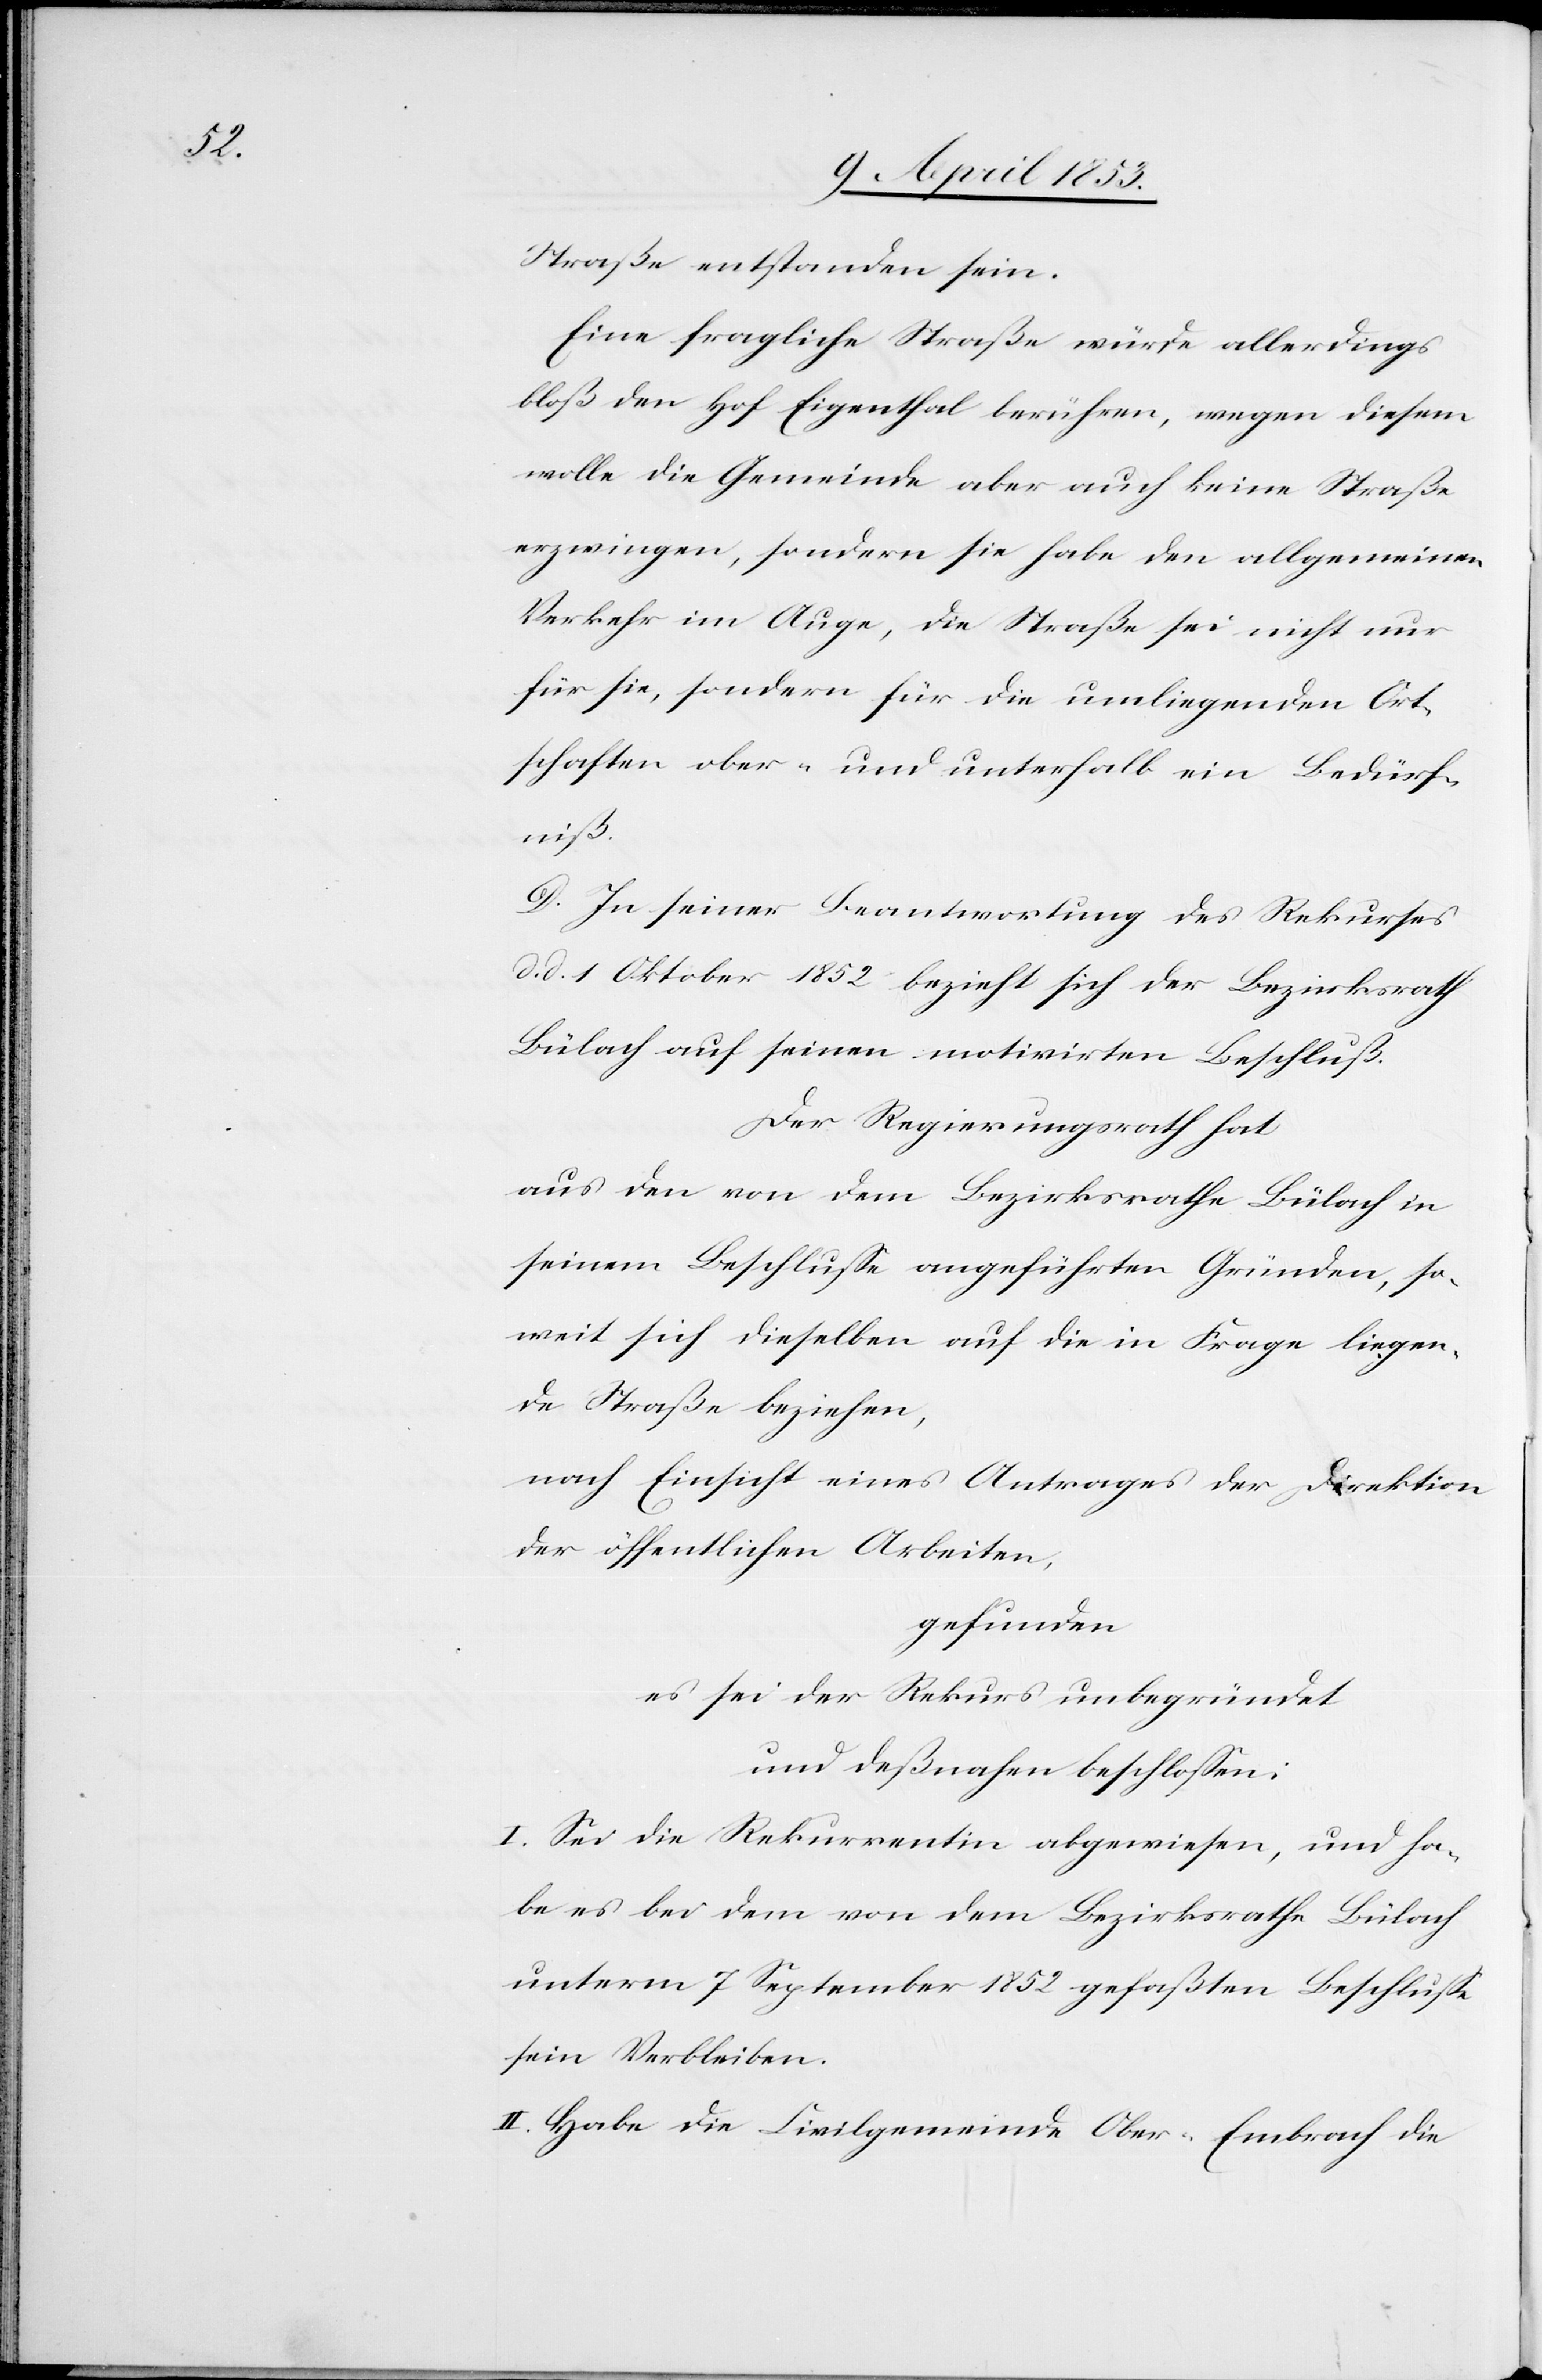
Straße entstanden sein.
Eine fragliche Straße würde allerdings
bloß den Hof Eigenthal berühren, wegen diesem
wolle die Gemeinde aber auch keine Straße
erzwingen, sondern sie habe den allgemeinen
Verkehr im Auge, die Straße sei nicht nur
für sie, sondern für die umliegenden Ort¬
schaften ober- und unterhalb ein Bedürf¬
niß.
D. In seiner Beantwortung des Rekurses
d. d. 1 Oktober 1852 bezieht sich der Bezirksrath
Bülach auf seinen motivirten Beschluß.
Der Regierungsrath hat
aus den von dem Bezirksrathe Bülach in
seinem Beschluße angeführten Gründen, so¬
weit sich dieselben auf die in Frage liegen¬
de Straße beziehen,
nach Einsicht eines Antrages der Direktion
der öffentlichen Arbeiten,
gefunden
es sei der Rekurs unbegründet
und desnahen beschloßen:
I. Sei die Rekurrentin abgewiesen, und ha¬
be es bei dem von dem Bezirksrathe Bülach
unterm 7 September 1852 gefaßten Beschluße
sein Verbleiben.
II. Habe die Civilgemeinde Ober-Embrach die